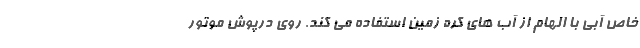
خاص آبی با الهام از آب های کره زمین استفاده می کند. روی درپوش موتور